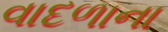
વાદળાના